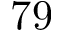
7 9